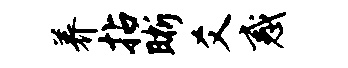
养拈晰爻惑